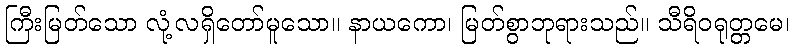
ကြီးမြတ်သော လုံ့လရှိတော်မူသော။ နာယကော၊ မြတ်စွာဘုရားသည်။ သီရိဝရုတ္တမေ၊